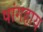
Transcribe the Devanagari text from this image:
षांगहाय